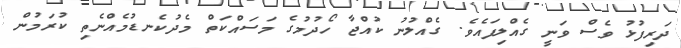
ދަރިފުޅު ވެސް ވަނީ ގެއްލިފައެވެ. ގެއްލުނު ކުއްޖާ ހޯދުމުގެ މަސައްކަތް މެދުކެނޑުމެއްނެތި ކުރަމުން